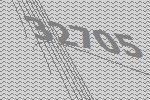
32705